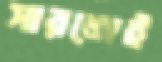
সারজেই